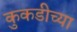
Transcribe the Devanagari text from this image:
कुकडीच्या